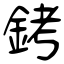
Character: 銬